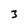
Character: 3